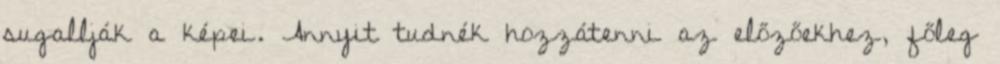
sugallják a képei. Annyit tudnék hozzátenni az előzőekhez, főleg